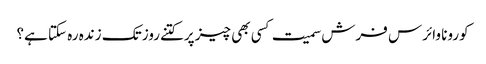
کورونا وائرس فرش سمیت کسی بھی چیز پرکتنےروز تک زندہ رہ سکتا ہے؟